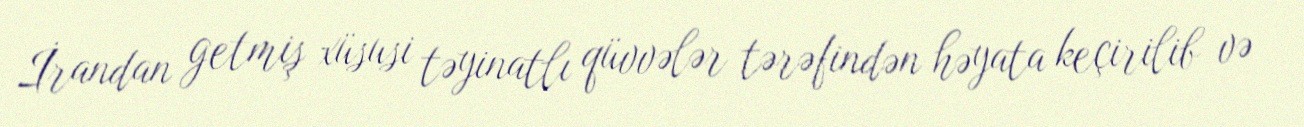
İrandan getmiş xüsusi təyinatlı qüvvələr tərəfindən həyata keçirilib və